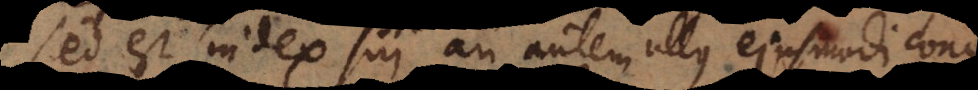
sed est index sui, an autem ullus ejusmodi conceptus